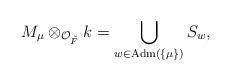
LaTeX: \begin{align*} M_\mu \otimes_{\mathcal O_{\breve F}} k = \bigcup_{w \in {\rm Adm}(\{\mu\})} S_w,\end{align*}